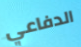
الدفاعي